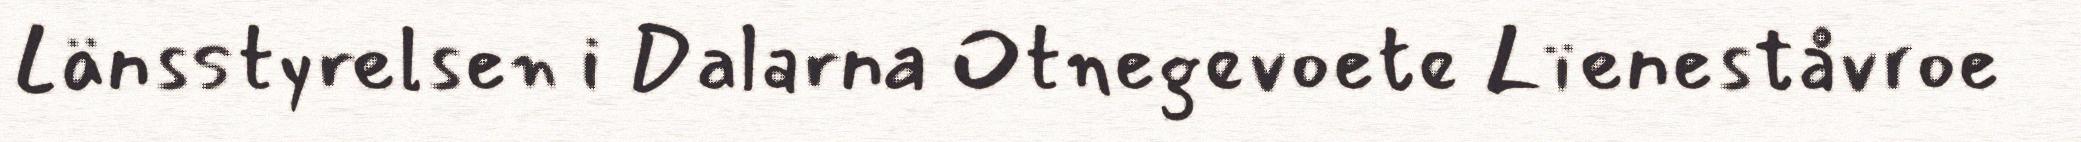
Länsstyrelsen i Dalarna Otnegevoete Lïeneståvroe